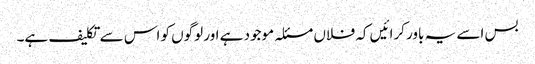
بس اسے یہ باور کرائیں کہ فلاں مسئلہ موجود ہے اور لوگوں کو اس سے تکلیف ہے۔